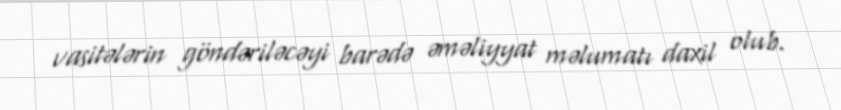
vasitələrin göndəriləcəyi barədə əməliyyat məlumatı daxil olub.